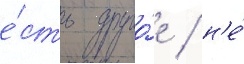
е́сть друго́е / н'е́